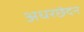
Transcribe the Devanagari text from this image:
अधरछेदन